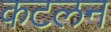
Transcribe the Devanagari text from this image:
कटलन